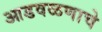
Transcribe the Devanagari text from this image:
आडवळणाचे